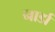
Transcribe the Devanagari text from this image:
नार्डा